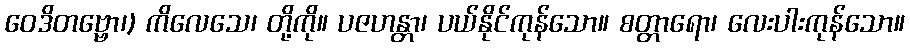
ဝေဒိတဗ္ဗော၊) ကိလေသေ၊ တို့ကို။ ပဇဟန္တာ၊ ပယ်နိုင်ကုန်သော။ စတ္တာရော၊ လေးပါးကုန်သော။